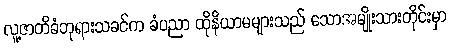
လူ့ဇာတိခံဘုရားသခင်က ခံပညာ ထိုနိယာမများသည် သောအမျိုးသားတိုင်းမှာ